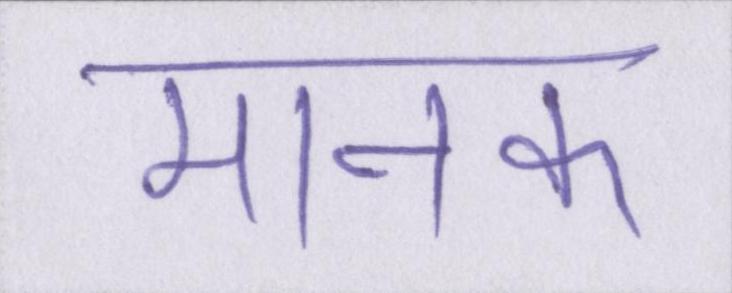
मानक